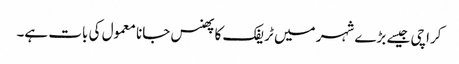
کراچی جیسے بڑے شہر میں ٹریفک کا پھنس جانا معمول کی بات ہے۔